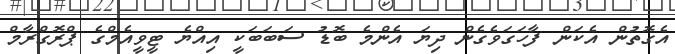
އެގޮތުން އެކަން ފާހަގަވެގެން ދިޔަ އެންމެ ބޮޑު ސަބަބަކީ އިއްޔެ ޓީވީއެމްގެ ޕްރޮގްރާމް